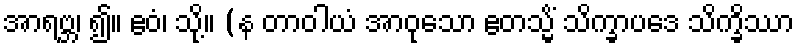
အာရဗ္ဘ၊ ၍။ ဧဝံ၊ သို့။ (န တာဝါယံ အာဝုသော ဧတသ္မိံ သိက္ခာပဒေ သိက္ခိဿာ